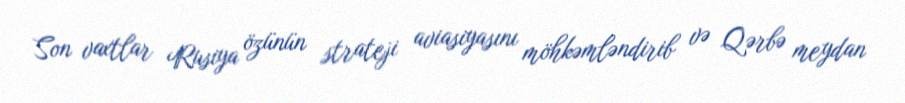
Son vaxtlar Rusiya özünün strateji aviasiyasını möhkəmləndirib və Qərbə meydan